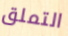
التملق